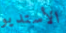
الأستديو